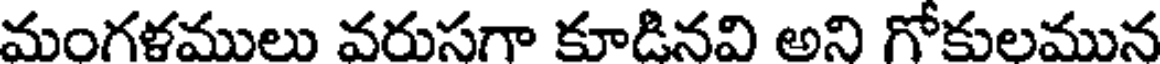
మంగళములు వరుసగా కూడినవి అని గోకులమున